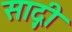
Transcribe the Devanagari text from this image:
साद्गी